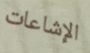
الإشاعات